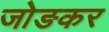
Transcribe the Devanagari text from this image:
जोङकर